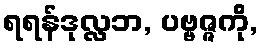
ရရန်ဒုလ္လဘ, ပဗ္ဗဇ္ဇကို,